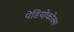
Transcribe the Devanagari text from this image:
पेडियोकोक्स